Code of medical and sanitary regulations for the guidance of medical officers serving in the Madras Presidency - Volume I
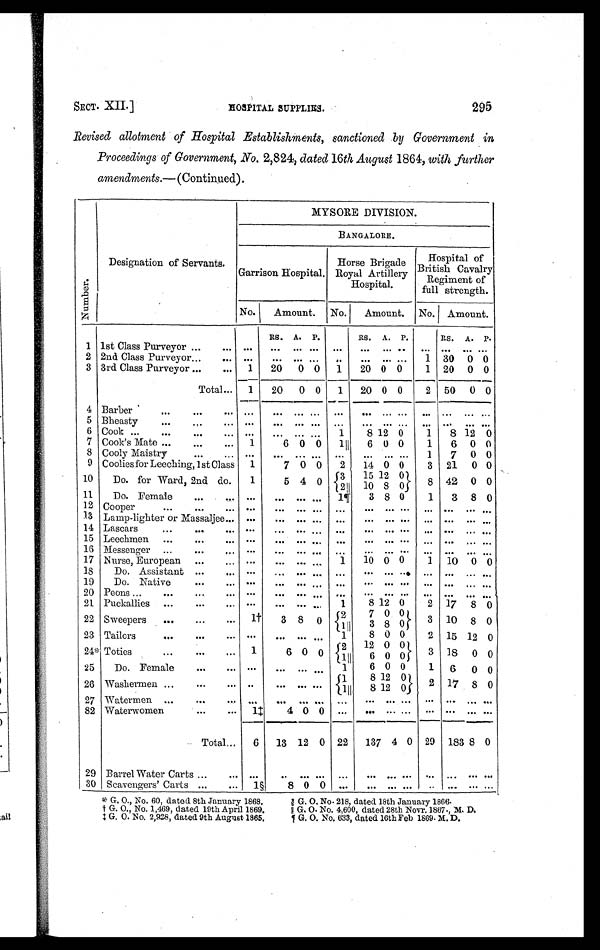
SECT. XII.] HOSPI
TAL SUPPLIES. 295
Revised allotment of Hospital Establishments, sanctioned by Government in
Proceedings of Government, No. 2,824, dated 16th August 1864, with further
amendments. — (Continued).
Numbe r .
Designation of Servants.
MYSORE DIVISION.
BANGALORE.
Garrison Hospital.
Horse Brigade
Royal Artillery
Hospital.
Hospital of
British Cavalry
Regiment of
full strength.
No. Amount. No. Amount. No. Amount.
Rs. A. P.
Rs. A. P.
Rs. A. P.
1 1st Class Purveyor ...
. . .
. . .
. . . . . .
. . .
. . . ... ... ... ...
. . . . . . . . .
2 2nd Class Purveyor ...
...
. . .
. . . . . .
. . .
. . . ... ... ... 1 30 0 0
3 3rd Class Purveyor ...
. . . 1 20 0 0 1 20 0 0
1 20 0 0
Total... 1 20 0 0 1 20 0 0
2 50 0 0
4 Barber
...
...
. . .
. . . . . . . . . ...
. . . ... ... ... ... . . . . . . . . .
5 Bheasty
...
...
. . .
. . .
. . . . . .
. . .
. . . ... ... ... ... . . . . . . . . .
6 Cook ...
...
...
. . .
. . . ... ... ... 1
8 12 0
1 8 12 0
7 Cook's Mate ...
...
... 1
6 0 0 1 ║ 6 0 0
1 6 0 0
8 Cooly Maistry
...
... ...
. . . . . . . . .
. . . . . . ... ... 1 7 0 0
9 Coolies for Leeching, 1st Class 1
7 0 0 2 14 0 0
3 21 0 0
10
Do. for Ward, 2nd do.
1
5 4 0
3
15 12 0
8 42 0 0
2 ║ 10
8
0
11
Do. Female ...
... . . .
. . . . . . . . .
1 ¶ 3 8 0
1 3 8 0
1 2 Cooper
...
. . .
. . . . . .
. . . . . . . . .
. . .
. . . ... ... ...
. . . . . . . . .
13 Lamp-lighter or Massaljee ...
. . .
. . . . . . . . .
. . .
. . . ... ... ...
. . . . . . . . .
14 Lascars
... ...
. . . . . .
. . . . . . . . .
. . .
. . . ... ... ...
. . . . . . . . .
15 Leechmen ... ...
. . . . . .
. . . . . . . . .
. . .
. . . ... ... ...
. . . . . . . . .
16 Messenger ...
. . .
. . . . . .
. . . . . . . . .
. . .
. . . ... ... ...
. . . . . . . . .
17 Nurse, European ...
... . . .
. . . . . . . . . 1 10 0 0
1 10 0 0
18
Do. Assistant ...
. . . . . .
. . . . . . . . .
. . .
... ... ... ...
. . . . . . . . .
19
Do. Native ...
. . . . . .
. . . . . . . . .
. . .
... ... ... ...
. . . . . . . . .
20 Peons
. . . ...
. . .
. . . . . .
. . . . . . . . .
. . .
... ... ... ...
. . . . . . . . .
21 Puckallies ...
. . .
. . . . . .
. . . . . . ...
1
8 12 0
2 17 8 0
22 Sweepers ...
...
. . .
1 † 3 8 0 2
7 0 0
3 10 8 0
1 ║ 3 8 0
23 Tailors
. . .
. . .
. . .
. . .
. . . ... . . .
1
8 0 0
2 15 12 0
24* Toties
...
. . .
. . . 1
6 0 0
2 12 0 0
3 18 0 0
1 ║ 6 0 0
25
Do. Female
. . .
. . .
. . .
. . . . . .
. . . 1
6 0 0
1 6 0 0
26 Washermen . . .
. . .
. . .
. . .
. . . . . . . . .
1
8 12 0
2 17 8 0
1 ║ 8 12 0
27 Watermen . . .
...
. . .
. . .
. . . . . . . . .
. . . ... . . . ... ...
. . . . . . . . .
82 Waterwomen
. . . ...
1 ‡
4 0 0 ... ...
. . . ... ...
. . . . . . . . .
Total... 6 13 12 0 22 137 4 0 29 183 8 0
29 Barrel Water Carts ...
. . .
. . .
. . . . . .
. . . . . .
... ... ... ...
. . . . . . . . .
30 Scavengers' Carts ...
... 1§
8 0 0
. . .
... ... ... ...
. . . . . . . . .
* G. O., No. 60, dated 8th January 1868.
§ G . O . N o . 2 1 8 , d a t e d 1 8 t h J a n u a r y 1 8 6 6 .
† G. O., No. 1,469, dated 19th April 1869.
║ G. O. No. 4,600, dated 28th Novr. 1867., M. D.
‡ G. O. No. 2,928, dated 9th August 1865.
¶ G. O. No. 633, dated 16th Feb 1869. M. D.